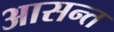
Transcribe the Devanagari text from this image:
आसन्त